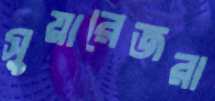
সুয়ারেজরা